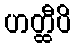
ဟတ္ထီပိ